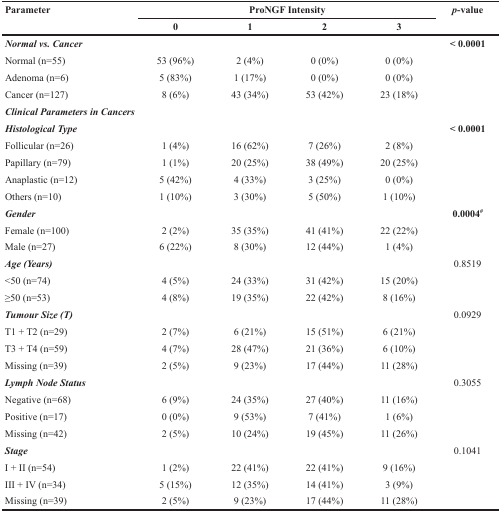
<table><thead><tr><td rowspan="2"><b>Parameter</b></td><td colspan="4"><b>ProNGF Intensity</b></td><td rowspan="2"><b><i>p</i>-value</b></td></tr><tr><td><b>0</b></td><td><b>1</b></td><td><b>2</b></td><td><b>3</b></td></tr></thead><tbody><tr><td><b><i>Normal vs. Cancer</i></b></td><td></td><td></td><td></td><td></td><td><b>&lt; 0.0001</b></td></tr><tr><td>Normal (n=55)</td><td>53 (96%)</td><td>2 (4%)</td><td>0 (0%)</td><td>0 (0%)</td><td></td></tr><tr><td>Adenoma (n=6)</td><td>5 (83%)</td><td>1 (17%)</td><td>0 (0%)</td><td>0 (0%)</td><td></td></tr><tr><td>Cancer (n=127)</td><td>8 (6%)</td><td>43 (34%)</td><td>53 (42%)</td><td>23 (18%)</td><td></td></tr><tr><td><b><i>Clinical Parameters in Cancers</i></b></td><td></td><td></td><td></td><td></td><td></td></tr><tr><td><b><i>Histological Type</i></b></td><td></td><td></td><td></td><td></td><td><b>&lt; 0.0001</b></td></tr><tr><td>Follicular (n=26)</td><td>1 (4%)</td><td>16 (62%)</td><td>7 (26%)</td><td>2 (8%)</td><td></td></tr><tr><td>Papillary (n=79)</td><td>1 (1%)</td><td>20 (25%)</td><td>38 (49%)</td><td>20 (25%)</td><td></td></tr><tr><td>Anaplastic (n=12)</td><td>5 (42%)</td><td>4 (33%)</td><td>3 (25%)</td><td>0 (0%)</td><td></td></tr><tr><td>Others (n=10)</td><td>1 (10%)</td><td>3 (30%)</td><td>5 (50%)</td><td>1 (10%)</td><td></td></tr><tr><td><b><i>Gender</i></b></td><td></td><td></td><td></td><td></td><td><b>0.0004<sup>#</sup></b></td></tr><tr><td>Female (n=100)</td><td>2 (2%)</td><td>35 (35%)</td><td>41 (41%)</td><td>22 (22%)</td><td></td></tr><tr><td>Male (n=27)</td><td>6 (22%)</td><td>8 (30%)</td><td>12 (44%)</td><td>1 (4%)</td><td></td></tr><tr><td><b><i>Age (Years)</i></b></td><td></td><td></td><td></td><td></td><td>0.8519</td></tr><tr><td>&lt;50 (n=74)</td><td>4 (5%)</td><td>24 (33%)</td><td>31 (42%)</td><td>15 (20%)</td><td></td></tr><tr><td>≥50 (n=53)</td><td>4 (8%)</td><td>19 (35%)</td><td>22 (42%)</td><td>8 (16%)</td><td></td></tr><tr><td><b><i>Tumour Size (T)</i></b></td><td></td><td></td><td></td><td></td><td>0.0929</td></tr><tr><td>T1 + T2 (n=29)</td><td>2 (7%)</td><td>6 (21%)</td><td>15 (51%)</td><td>6 (21%)</td><td></td></tr><tr><td>T3 + T4 (n=59)</td><td>4 (7%)</td><td>28 (47%)</td><td>21 (36%)</td><td>6 (10%)</td><td></td></tr><tr><td>Missing (n=39)</td><td>2 (5%)</td><td>9 (23%)</td><td>17 (44%)</td><td>11 (28%)</td><td></td></tr><tr><td><b><i>Lymph Node Status</i></b></td><td></td><td></td><td></td><td></td><td>0.3055</td></tr><tr><td>Negative (n=68)</td><td>6 (9%)</td><td>24 (35%)</td><td>27 (40%)</td><td>11 (16%)</td><td></td></tr><tr><td>Positive (n=17)</td><td>0 (0%)</td><td>9 (53%)</td><td>7 (41%)</td><td>1 (6%)</td><td></td></tr><tr><td>Missing (n=42)</td><td>2 (5%)</td><td>10 (24%)</td><td>19 (45%)</td><td>11 (26%)</td><td></td></tr><tr><td><b><i>Stage</i></b></td><td></td><td></td><td></td><td></td><td>0.1041</td></tr><tr><td>I + II (n=54)</td><td>1 (2%)</td><td>22 (41%)</td><td>22 (41%)</td><td>9 (16%)</td><td></td></tr><tr><td>III + IV (n=34)</td><td>5 (15%)</td><td>12 (35%)</td><td>14 (41%)</td><td>3 (9%)</td><td></td></tr><tr><td>Missing (n=39)</td><td>2 (5%)</td><td>9 (23%)</td><td>17 (44%)</td><td>11 (28%)</td><td></td></tr></tbody></table>